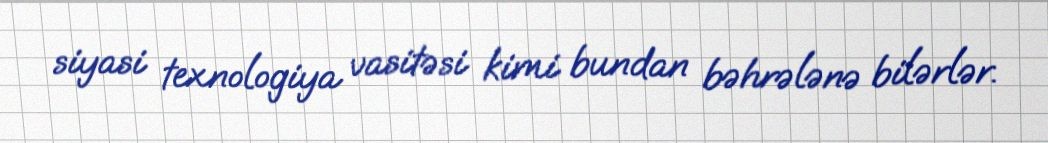
siyasi texnologiya vasitəsi kimi bundan bəhrələnə bilərlər.